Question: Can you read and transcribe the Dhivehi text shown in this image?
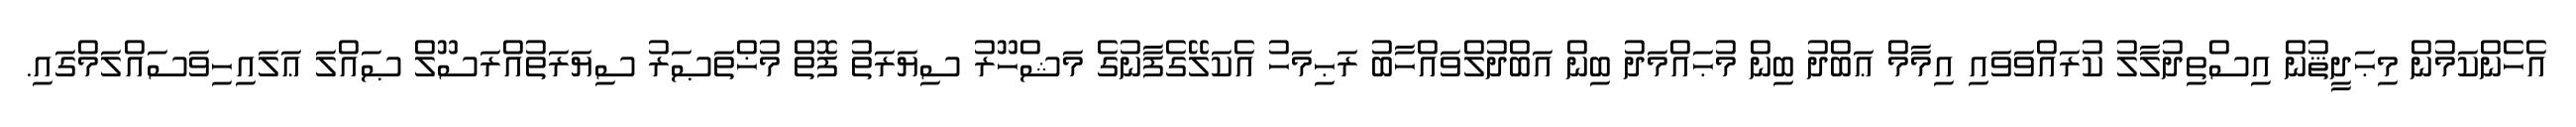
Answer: އެހެންކަމުން މިޙަދީޘުން އިސްތިދުލާލު ކުރައްވަވައި އިމާމް ޢަބްދު ބިން މުޙައްމަދު ބިން އަބްދުލްވައްހާބު ރަޙިމަހު އެކަލޭގެފާނުގެ މަޝްހޫރު ސިޔަރަތު ފޮތް މުޚްތަޞަރު ސިޔަރަތުއްރަސޫލް ޞައްލަ ޢަލައިހިވަސައްލަމްގައި.